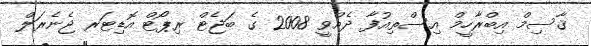
ޤާސިމް އިބްރާހީމް އިސްތިއުފާ ދެއްވީ 2008 ގެ ބަޖެޓް ރިޕޯޓް އޮޑިޓަރ ޖެނެރަލް